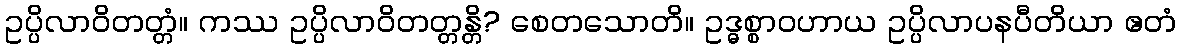
ဥပ္ပိလာဝိတတ္တံ။ ကဿ ဥပ္ပိလာဝိတတ္တန္တိ? စေတသောတိ။ ဥဒ္ဓစ္စာဝဟာယ ဥပ္ပိလာပနပီတိယာ ဧတံ